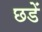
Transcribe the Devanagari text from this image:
छडें